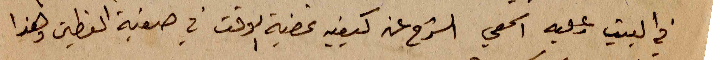
في البيت وعليه اسمعي الشرح عن كيفية تمضية الوقت في صيفية القطين وهذا